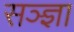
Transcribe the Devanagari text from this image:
सञ्ज्ञा